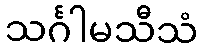
သင်္ဂါမသီသံ